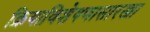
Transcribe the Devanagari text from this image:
क्रियाविशेषणासारखा